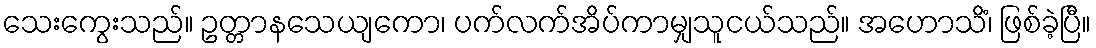
သေးကွေးသည်။ ဥတ္တာနသေယျကော၊ ပက်လက်အိပ်ကာမျှသူငယ်သည်။ အဟောသိံ၊ ဖြစ်ခဲ့ပြီ။